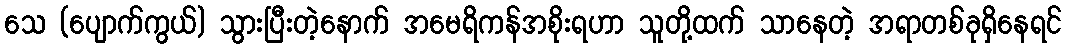
သေ (ပျောက်ကွယ်) သွားပြီးတဲ့နောက် အမေရိကန်အစိုးရဟာ သူတို့ထက် သာနေတဲ့ အရာတစ်ခုရှိနေရင်